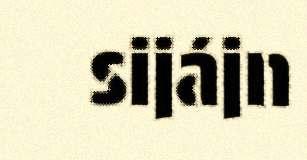
sijájn